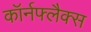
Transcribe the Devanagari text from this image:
कॉर्नफ्लैक्स